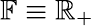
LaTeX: \mathbb{F}\equiv\mathbb{R}_{+}